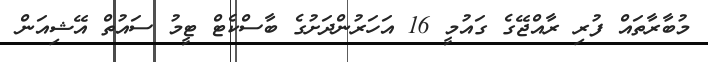
މުބާރާތައް ފުރި ރާއްޖޭގެ ގައުމީ 16 އަހަރުންދަށުގެ ބާސްކެޓް ޓީމު ސައުތް އޭޝިއަން